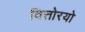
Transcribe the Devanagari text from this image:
वित्तोरयो